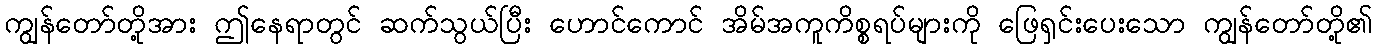
ကျွန်တော်တို့အား ဤနေရာတွင် ဆက်သွယ်ပြီး ဟောင်ကောင် အိမ်အကူကိစ္စရပ်များကို ဖြေရှင်းပေးသော ကျွန်တော်တို့၏